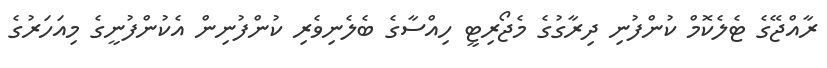
ރާއްޖޭގެ ޓެލެކޮމް ކުންފުނި ދިރާގުގެ މެޖޯރިޓީ ހިއްސާގެ ބެލެނިވެރި ކުންފުނިން އެކުންފުނީގެ މިއަހަރުގެ